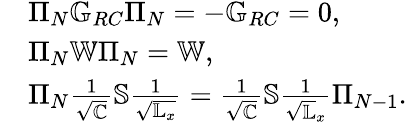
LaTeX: \begin{array}{rl}&{\Pi_{N}\mathbb{G}_{RC}\Pi_{N}=-\mathbb{G}_{RC}=0,}\\ &{\Pi_{N}\mathbb{W}\Pi_{N}=\mathbb{W},}\\ &{\Pi_{N}\frac{1}{\sqrt{\mathbb{C}}}\mathbb{S}\frac{1}{\sqrt{\mathbb{L}_{x}}}=\frac{1}{\sqrt{\mathbb{C}}}\mathbb{S}\frac{1}{\sqrt{\mathbb{L}}_{x}}\Pi_{N-1}.}\end{array}